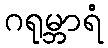
ဂရုမ္ဘာရံ